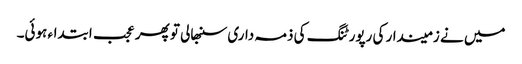
میں نے زمیندار کی رپورٹنگ کی ذمہ داری سنبھالی تو پھر عجب ابتداء ہوئی۔